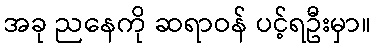
အခု ညနေကို ဆရာဝန် ပင့်ရဦးမှာ။